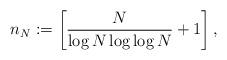
LaTeX: \begin{align*}n_N:=\left[\frac{N}{\log N \log \log N} +1 \right],\end{align*}